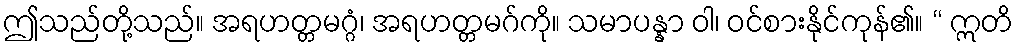
ဤသည်တို့သည်။ အရဟတ္တမဂ္ဂံ၊ အရဟတ္တမဂ်ကို။ သမာပန္နာ ဝါ၊ ဝင်စားနိုင်ကုန်၏။ “ ဣတိ